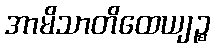
အာမိသာတိထေယျဉ္စ